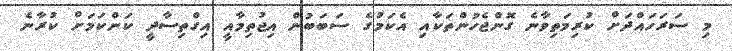
މި ސަރަހައްދަށް ކުރިމަތިވާނެ ގޮންޖެހުންތަކާއި އެކަމުގެ ސަބަބުން އިޖުތިމާއީ އިގްތިސާދީ ކަންކަމަށް ކުރާނެ